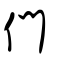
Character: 們